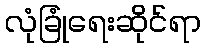
လုံခြုံရေးဆိုင်ရာ